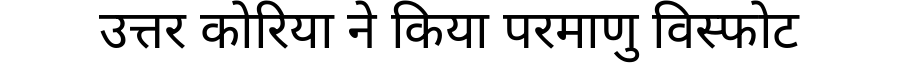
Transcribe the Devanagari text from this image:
उत्तर कोरिया ने किया परमाणु विस्फोट